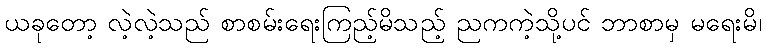
ယခုတော့ လဲ့လဲ့သည် စာစမ်းရေးကြည့်မိသည့် ညကကဲ့သို့ပင် ဘာစာမှ မရေးမိ၊